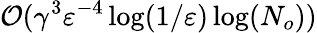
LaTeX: \mathcal{O}({\gamma}^{3}\varepsilon^{-4}\log(1/\varepsilon)\log(N_{o}))